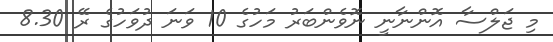
މި ޖަލްސާ އޮންނާނީ ނޮވެންބަރު މަހުގެ 10 ވަނަ ދުވަހުގެ ރޭ 8.30